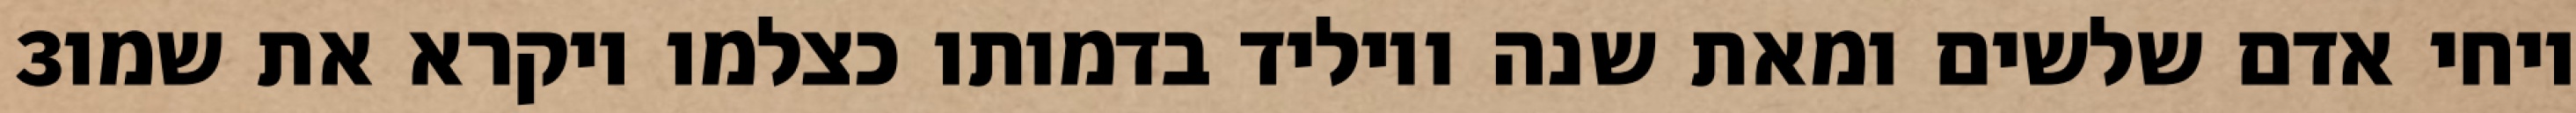
‎3‏ ויחי אדם שלשים ומאת שנה ויוליד בדמותו כצלמו ויקרא את שמו